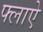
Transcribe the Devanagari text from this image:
फ्लाऐ